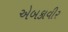
એબકાવીર